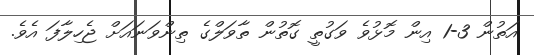
އަތުން 3-1 އިން މޮޅުވެ ވަގުތީ ގޮތުން ތާވަލްގެ ތިންވަނައަށް ޖެހިލާފަ އެވެ.